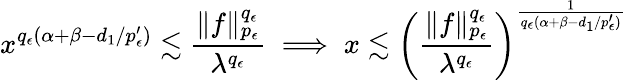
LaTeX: x^{q_{\epsilon}(\alpha+\beta-d_{1}/{p_{\epsilon}^{\prime}})}\lesssim\frac{\| f\| _{p_{\epsilon}}^{q_{\epsilon}}}{\lambda^{q_{\epsilon}}}\implies x\lesssim\left(\frac{\| f\| _{p_{\epsilon}}^{q_{\epsilon}}}{\lambda^{q_{\epsilon}}}\right)^{\frac{1}{q_{\epsilon}(\alpha+\beta-d_{1}/{p_{\epsilon}^{\prime}})}}